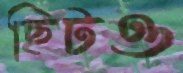
ছিটও